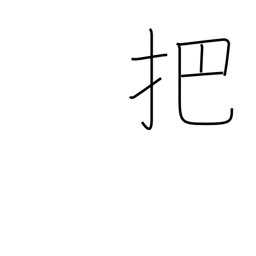
Meaning: faggot